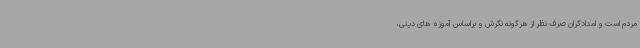
مردم است و امدادگران صرف نظر از هرگونه نگرش و براساس آموزه های دینی،